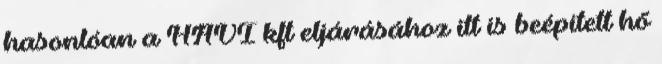
hasonlóan a HAVI kft eljárásához itt is beépített hő